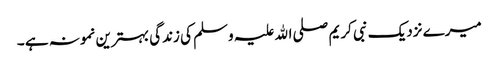
میرے نزدیک نبی کریم صلی اﷲ علیہ وسلم کی زندگی بہترین نمونہ ہے ۔